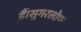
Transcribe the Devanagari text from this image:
हैं।सुगरलोफ